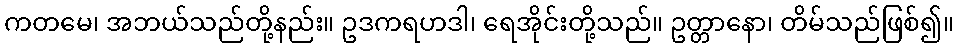
ကတမေ၊ အဘယ်သည်တို့နည်း။ ဥဒကရဟဒါ၊ ရေအိုင်းတို့သည်။ ဥတ္တာနော၊ တိမ်သည်ဖြစ်၍။